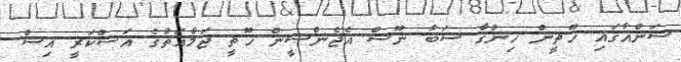
ސަންއާގައި ހޫޘީން ހިންގާ ސަބާ ނޫސް އެޖެންސީން ހޫޘީ ޖަމާއަތުގެ އަސްކަރީ އިސް